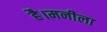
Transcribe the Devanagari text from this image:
है।मनीला